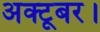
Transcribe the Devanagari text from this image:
अक्टूबर।